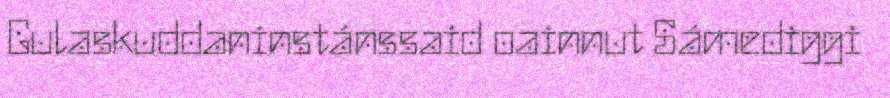
Gulaskuddaninstánssaid oainnut Sámediggi